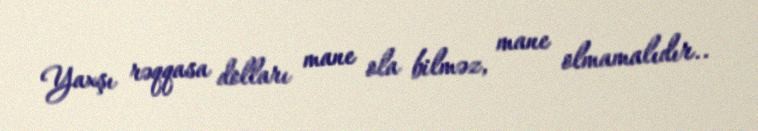
Yaxşı rəqqasa dolları mane ola bilməz, mane olmamalıdır..